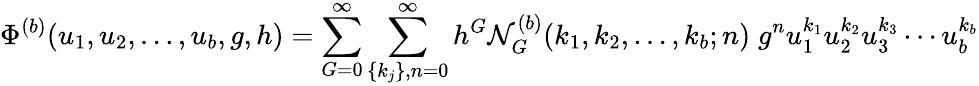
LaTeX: \Phi^{(b)}(u_{1},u_{2},\ldots,u_{b},g,h)=\sum_{G=0}^{\infty}\sum_{\{ k_{j}\} ,n=0}^{\infty}h^{G}{\cal N}_{G}^{(b)}(k_{1},k_{2},\ldots,k_{b};n)\; g^{n}u_{1}^{k_{1}}u_{2}^{k_{2}}u_{3}^{k_{3}}\cdots u_{b}^{k_{b}}